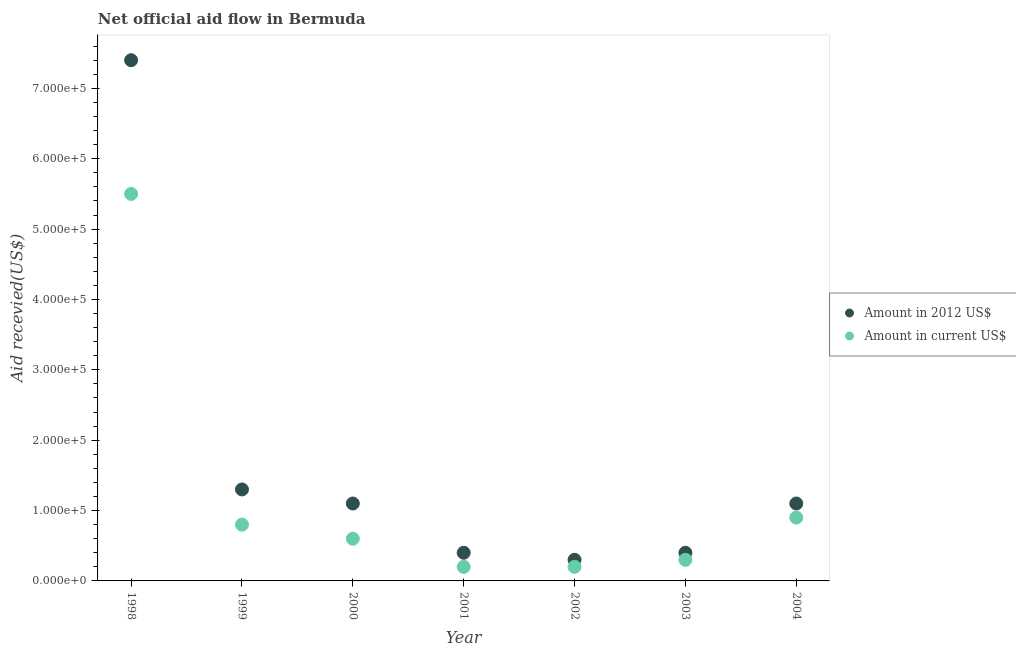
| Year | Amount in 2012 US$ | Amount in current US$ |
 | --- | --- | --- |
 | 1998 | 7.4e+05 | 5.5e+05 |
 | 1999 | 1.3e+05 | 8e+04 |
 | 2000 | 1.1e+05 | 6e+04 |
 | 2001 | 4e+04 | 2e+04 |
 | 2002 | 3e+04 | 2e+04 |
 | 2003 | 4e+04 | 3e+04 |
 | 2004 | 1.1e+05 | 9e+04 |